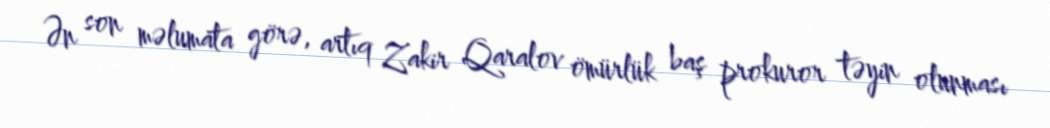
Ən son məlumata görə, artıq Zakir Qaralov ömürlük baş prokuror təyin olunması